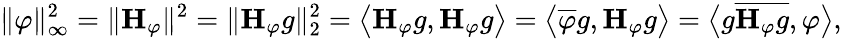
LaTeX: \| \varphi\| _{\infty}^{2}=\| \mathbf{H}_{\varphi}\| ^{2}=\| \mathbf{H}_{\varphi}g\| _{2}^{2}=\big\langle\mathbf{H}_{\varphi}g,\mathbf{H}_{\varphi}g\big\rangle=\big\langle\overline{{\varphi}}g,\mathbf{H}_{\varphi}g\big\rangle=\big\langle g\overline{{\mathbf{H}_{\varphi}g}},\varphi\big\rangle,